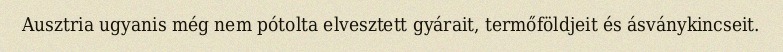
Ausztria ugyanis még nem pótolta elvesztett gyárait, termőföldjeit és ásványkincseit.